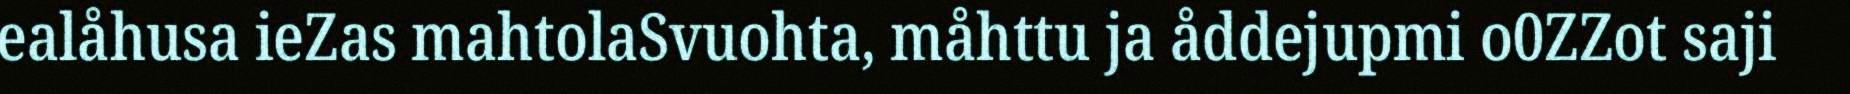
ealåhusa ieZas mahtolaSvuohta, måhttu ja åddejupmi o0ZZot saji